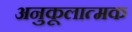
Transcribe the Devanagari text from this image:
अनुकूलात्मक